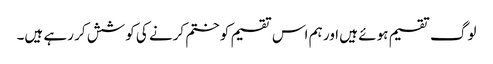
لوگ تقسیم ہوئے ہیں اور ہم اس تقسیم کو ختم کرنے کی کوشش کر رہے ہیں۔